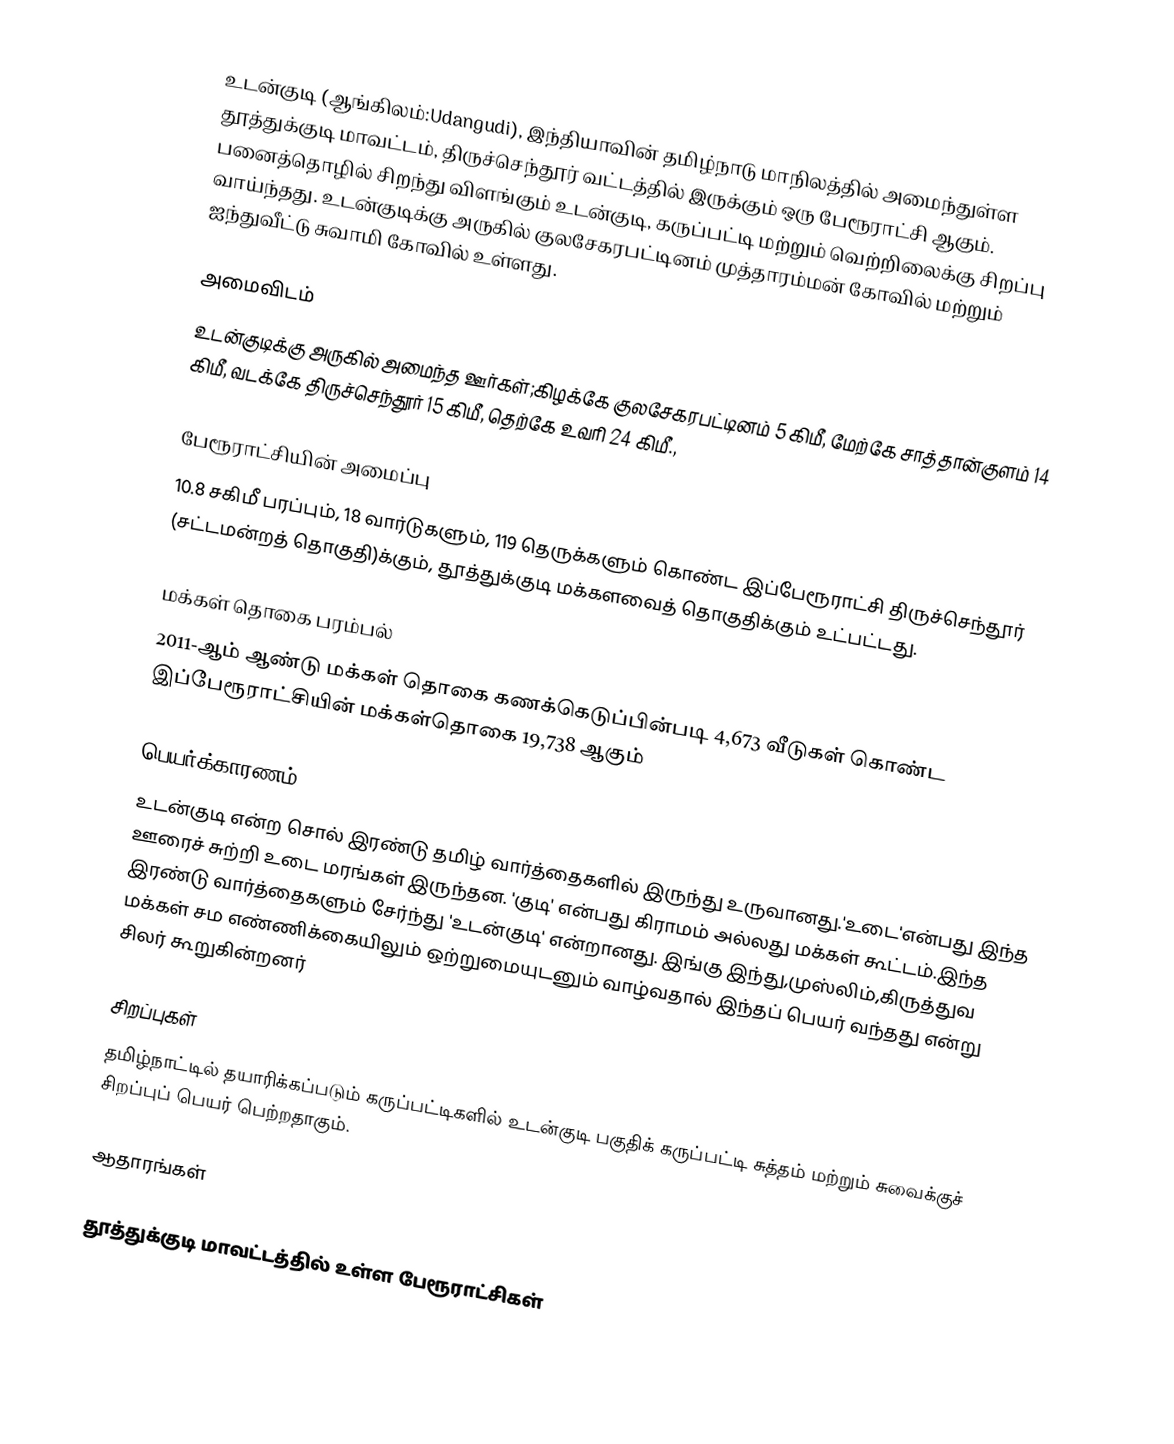
உடன்குடி (ஆங்கிலம்:Udangudi), இந்தியாவின் தமிழ்நாடு மாநிலத்தில் அமைந்துள்ள தூத்துக்குடி மாவட்டம், திருச்செந்தூர் வட்டத்தில் இருக்கும் ஒரு பேரூராட்சி ஆகும். பனைத்தொழில் சிறந்து விளங்கும் உடன்குடி, கருப்பட்டி மற்றும் வெற்றிலைக்கு சிறப்பு வாய்ந்தது. உடன்குடிக்கு அருகில் குலசேகரபட்டினம் முத்தாரம்மன் கோவில் மற்றும்  ஐந்துவீட்டு சுவாமி கோவில் உள்ளது.

அமைவிடம்
உடன்குடிக்கு அருகில் அமைந்த ஊர்கள்;கிழக்கே குலசேகரபட்டினம் 5 கிமீ, மேற்கே சாத்தான்குளம் 14 கிமீ, வடக்கே திருச்செந்தூர் 15 கிமீ, தெற்கே உவரி 24 கிமீ.,

பேரூராட்சியின் அமைப்பு
10.8 சகிமீ பரப்பும், 18 வார்டுகளும், 119 தெருக்களும் கொண்ட இப்பேரூராட்சி  திருச்செந்தூர் (சட்டமன்றத் தொகுதி)க்கும், தூத்துக்குடி மக்களவைத் தொகுதிக்கும் உட்பட்டது.

மக்கள் தொகை பரம்பல்
2011-ஆம் ஆண்டு மக்கள் தொகை கணக்கெடுப்பின்படி  4,673    வீடுகள் கொண்ட இப்பேரூராட்சியின் மக்கள்தொகை 19,738  ஆகும்

பெயர்க்காரணம்
உடன்குடி என்ற சொல் இரண்டு தமிழ் வார்த்தைகளில் இருந்து உருவானது.'உடை'என்பது இந்த ஊரைச் சுற்றி உடை மரங்கள் இருந்தன. 'குடி' என்பது கிராமம் அல்லது  மக்கள் கூட்டம்.இந்த  இரண்டு வார்த்தைகளும் சேர்ந்து 'உடன்குடி' என்றானது. இங்கு இந்து,முஸ்லிம்,கிருத்துவ மக்கள் சம எண்ணிக்கையிலும் ஒற்றுமையுடனும் வாழ்வதால் இந்தப் பெயர் வந்தது என்று சிலர்  கூறுகின்றனர்

சிறப்புகள்
தமிழ்நாட்டில் தயாரிக்கப்படும் கருப்பட்டிகளில் உடன்குடி பகுதிக் கருப்பட்டி சுத்தம் மற்றும் சுவைக்குச் சிறப்புப் பெயர் பெற்றதாகும்.

ஆதாரங்கள்

தூத்துக்குடி மாவட்டத்தில் உள்ள பேரூராட்சிகள்